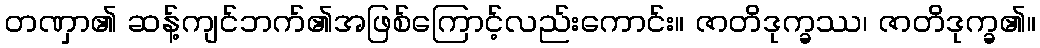
တဏှာ၏ ဆန့်ကျင်ဘက်၏အဖြစ်ကြောင့်လည်းကောင်း။ ဇာတိဒုက္ခဿ၊ ဇာတိဒုက္ခ၏။